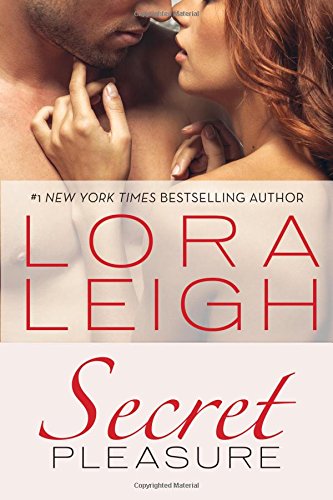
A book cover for Secret Pleasure (Bound Hearts); Lora Leigh; Romance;